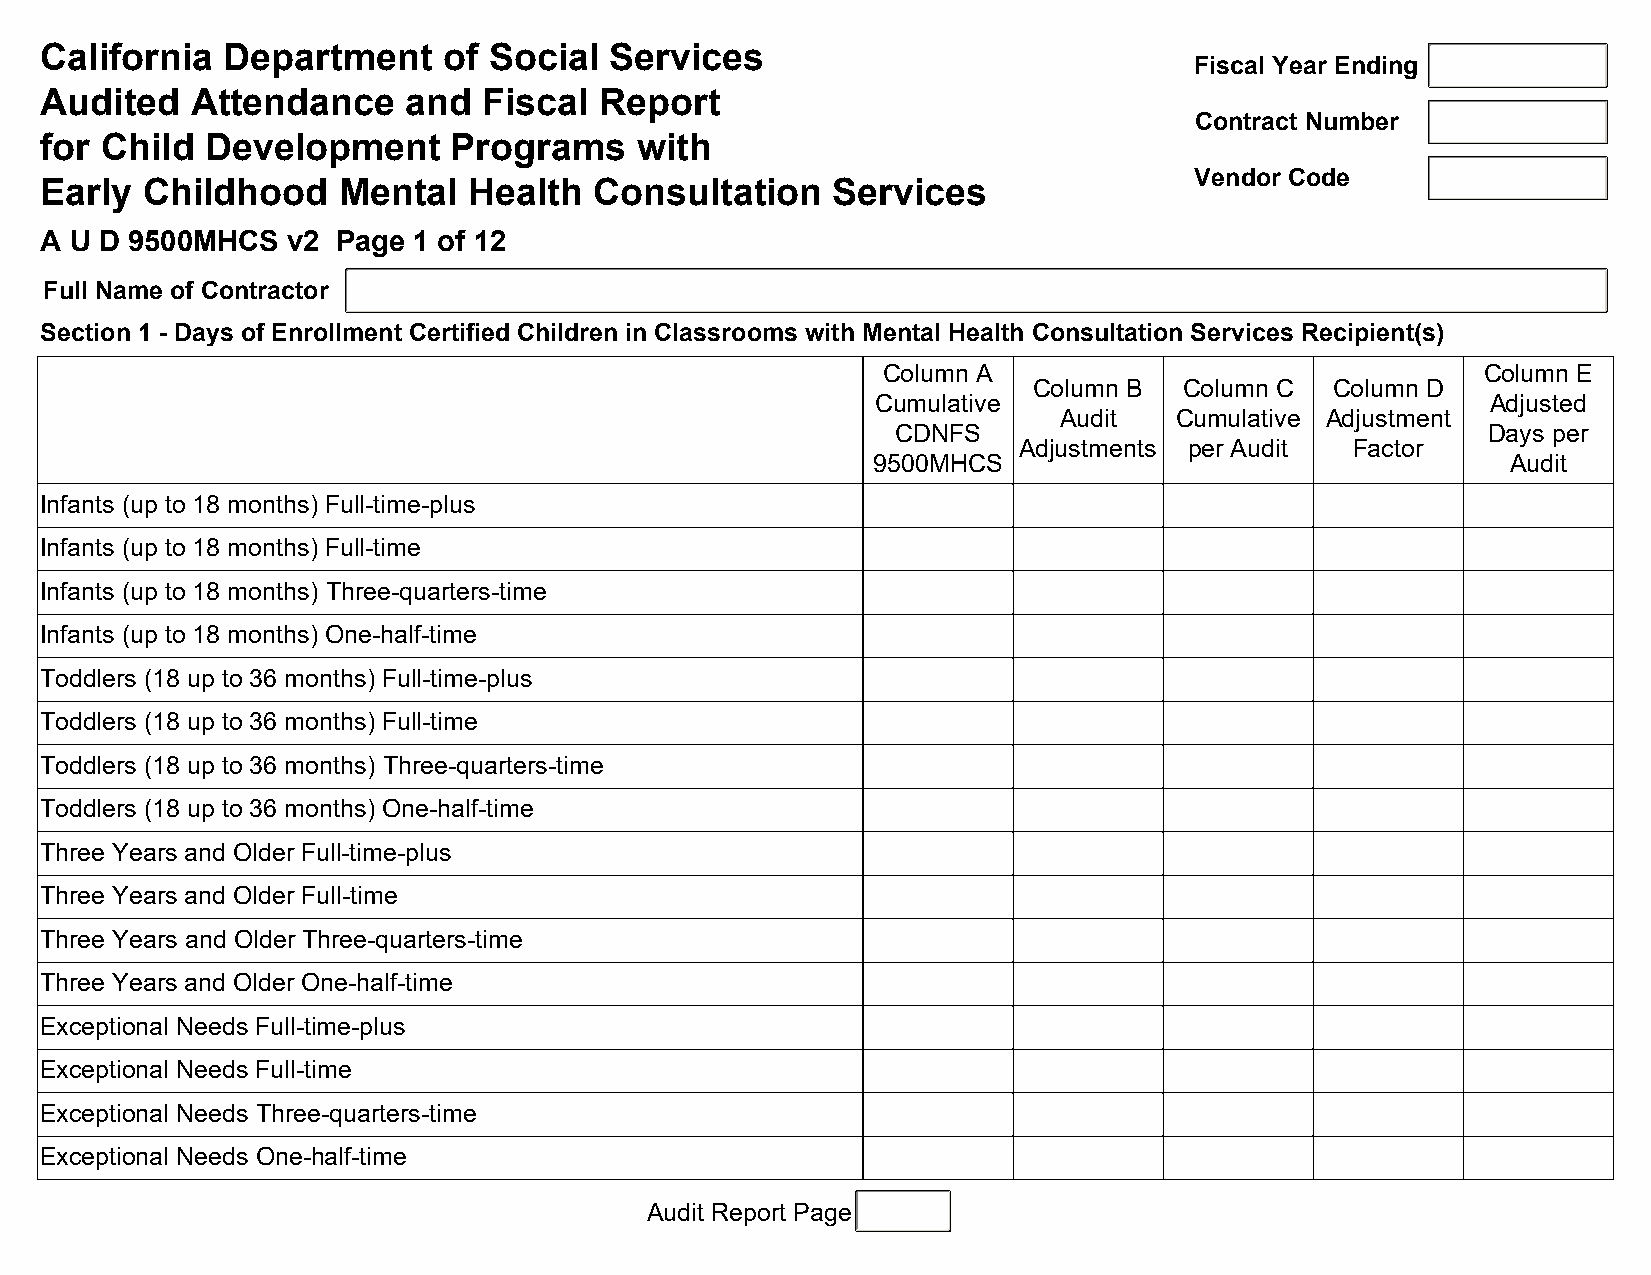
California  Department    of Social  Services
 Fiscal Year Ending
 Audited   Attendance    and  Fiscal  Report
 Contract Number
 for Child  Development     Programs    with
 Vendor Code
 Early Childhood    Mental   Health  Consultation    Services
 A U D 9500MHCS  v2 Page 1 of 12
 Full Name of Contractor
 Section 1 - Days of Enrollment Certified Children in Classrooms with Mental Health Consultation Services Recipient(s)
 Column A                                Column E
 Column B  Column C  Column D
 Cumulative                               Adjusted
 Audit   Cumulative Adjustment
 CDNFS                                  Days per
 Adjustments per Audit  Factor
 9500MHCS                                  Audit
 Infants (up to 18 months) Full-time-plus
 Infants (up to 18 months) Full-time
 Infants (up to 18 months) Three-quarters-time
 Infants (up to 18 months) One-half-time
 Toddlers (18 up to 36 months) Full-time-plus
 Toddlers (18 up to 36 months) Full-time
 Toddlers (18 up to 36 months) Three-quarters-time
 Toddlers (18 up to 36 months) One-half-time
 Three Years and Older Full-time-plus
 Three Years and Older Full-time
 Three Years and Older Three-quarters-time
 Three Years and Older One-half-time
 Exceptional Needs Full-time-plus
 Exceptional Needs Full-time
 Exceptional Needs Three-quarters-time
 Exceptional Needs One-half-time
 Audit Report Page